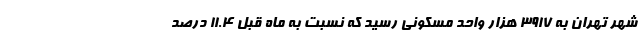
شهر تهران به ۳۹۱۷ هزار واحد مسکونی رسید که نسبت به ماه قبل ۱۱.۴ درصد